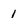
Character: 1